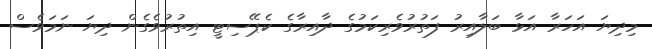
މިދިޔަ އަހަރާ އަޅާ ބަލާއިރު ފަތުރުވެރިކަމުގެ ދާއިރާގެ ކެޕޭސިޓީ އިތުރުވެގެން ދިޔަ ނަމަވެސް